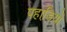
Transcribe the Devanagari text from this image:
पहाडि़यों